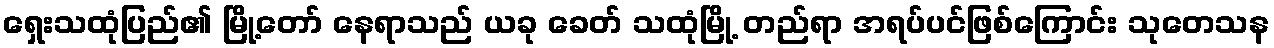
ရှေးသထုံပြည်၏ မြို့တော် နေရာသည် ယခု ခေတ် သထုံမြို့ တည်ရာ အရပ်ပင်ဖြစ်ကြောင်း သုတေသန